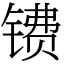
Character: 镄